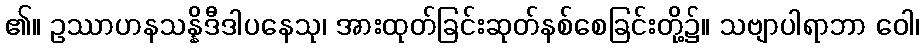
၏။ ဥဿာဟနသန္နိဒီဒါပနေသု၊ အားထုတ်ခြင်းဆုတ်နစ်စေခြင်းတို့၌။ သဗျာပါရာဘာ ဝေါ၊